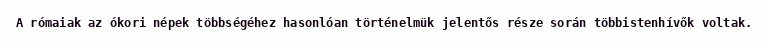
A rómaiak az ókori népek többségéhez hasonlóan történelmük jelentős része során többistenhívők voltak.